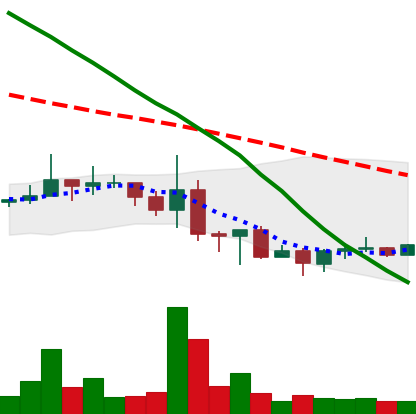
Ticker: NEO-USD
Chart end date: 2022-06-23
Forward return: -4.081%
Label: down_3_5